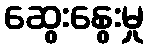
ဆွေးနွေးမှု